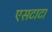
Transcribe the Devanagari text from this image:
एसटाटा